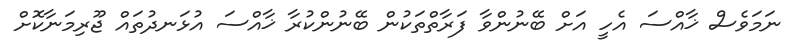
ނަމަވެސް ޚާއްސަ އެހީ އަށް ބޭނުންވާ ފަރާތްތަކުން ބޭނުންކުރާ ޚާއްސަ އުޅަނދުތައް ޖޫރިމަނާކޮށް